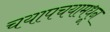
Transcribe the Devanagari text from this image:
चयापचयामधून